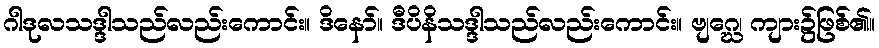
ဂါဒုလသဒ္ဒါသည်လည်းကောင်း။ ဒိနော်။ ဒီပိနိသဒ္ဒါသည်လည်းကောင်း။ ဗျဂ္ဃေ၊ ကျား၌ဖြစ်၏။